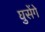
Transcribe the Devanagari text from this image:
घुसेंगे